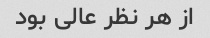
از هر نظر عالی بود